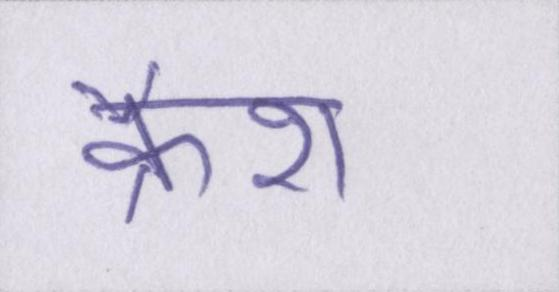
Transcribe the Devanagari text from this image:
क्रैश